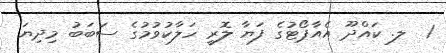
1  ލ. ކައްދޫ އެއާޕޯޓުގެ ފަޔާ ލޮރީ ހަލާކުވުމުގެ ސަބަބު މިދިޔަ